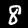
Digit: 8